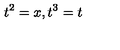
t ^ { 2 } = x , t ^ { 3 } = t